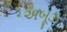
અબૂઝ